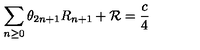
\sum _ { n \geq 0 } \theta _ { 2 n + 1 } R _ { n + 1 } + { \cal R } = \frac { c } { 4 }